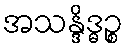
အသန္ဒိဒ္ဓဉ္စ